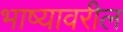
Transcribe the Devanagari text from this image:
भाष्यावरील